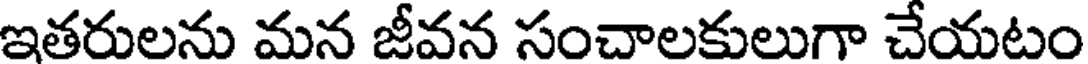
ఇతరులను మన జీవన సంచాలకులుగా చేయటం